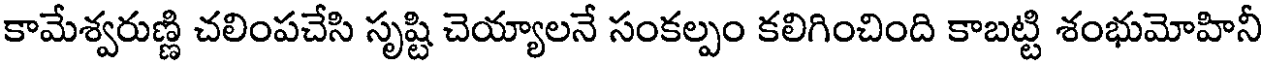
కామేశ్వరుణ్ణి చలింపచేసి సృష్టి చెయ్యాలనే సంకల్పం కలిగించింది కాబట్టి శంభుమోహినీ